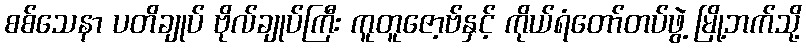
စစ်သေနာ ပတိချုပ် ဗိုလ်ချုပ်ကြီး ကူတူဇော့ဗ်နှင့် ကိုယ်ရံတော်တပ်ဖွဲ့ မြို့ဘက်သို့